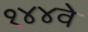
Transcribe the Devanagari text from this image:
१४४वे